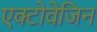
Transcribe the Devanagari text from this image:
एक्टोवेजिन